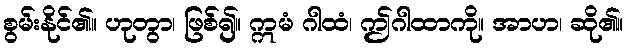
စွမ်းနိုင်၏။ ဟုတွာ၊ ဖြစ်၍။ ဣမံ ဂါထံ၊ ဤဂါထာကို။ အာဟ၊ ဆို၏။